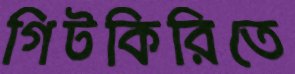
গিটকিরিতে